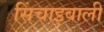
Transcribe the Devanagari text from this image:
सिंचाइवाली